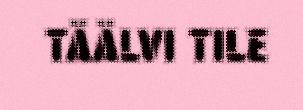
TÄÄLVI TILE